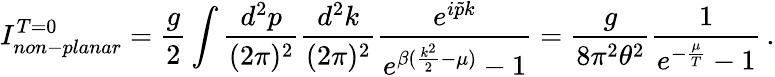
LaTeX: I_{non-planar}^{T=0}=\frac{g}{2}\int\frac{d^{2}p}{(2\pi)^{2}}\frac{d^{2}k}{(2\pi)^{2}}\frac{e^{i\tilde{p}k}}{e^{\beta(\frac{k^{2}}{2}-\mu)}-1}=\frac{g}{8\pi^{2}\theta^{2}}\frac{1}{e^{-\frac{\mu}{T}}-1}\, .